Indian Civil Veterinary Department memoirs
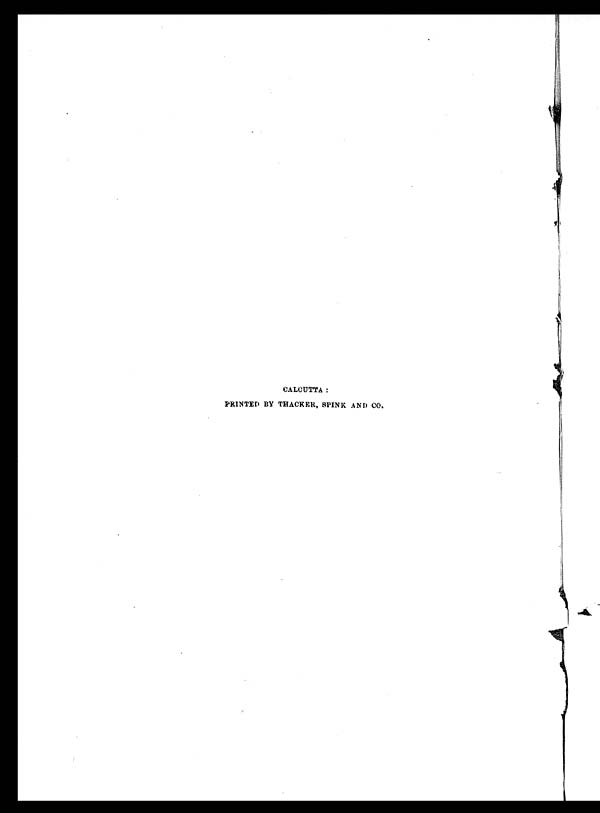
CALCUTTA:
PRINTED BY THACKER, SPINK AND CO.